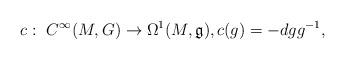
LaTeX: \begin{gather*}c: \ C^{\infty}(M,G)\to\Omega^1(M,\mathfrak g),c(g)=-dgg^{-1},\end{gather*}